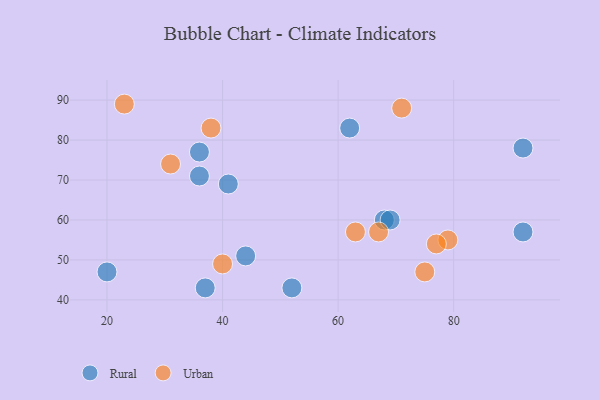
{"axis": {"x": "GDP", "y": "Life Expectancy"}, "legend": ["Rural", "Urban"], "data": [{"x": "92", "y": 78, "type": "Rural"}, {"x": "36", "y": 71, "type": "Rural"}, {"x": "36", "y": 77, "type": "Rural"}, {"x": "68", "y": 60, "type": "Rural"}, {"x": "20", "y": 47, "type": "Rural"}, {"x": "62", "y": 83, "type": "Rural"}, {"x": "52", "y": 43, "type": "Rural"}, {"x": "37", "y": 43, "type": "Rural"}, {"x": "69", "y": 60, "type": "Rural"}, {"x": "92", "y": 57, "type": "Rural"}, {"x": "44", "y": 51, "type": "Rural"}, {"x": "41", "y": 69, "type": "Rural"}, {"x": "79", "y": 55, "type": "Urban"}, {"x": "38", "y": 83, "type": "Urban"}, {"x": "23", "y": 89, "type": "Urban"}, {"x": "75", "y": 47, "type": "Urban"}, {"x": "71", "y": 88, "type": "Urban"}, {"x": "40", "y": 49, "type": "Urban"}, {"x": "67", "y": 57, "type": "Urban"}, {"x": "77", "y": 54, "type": "Urban"}, {"x": "31", "y": 74, "type": "Urban"}, {"x": "63", "y": 57, "type": "Urban"}]}